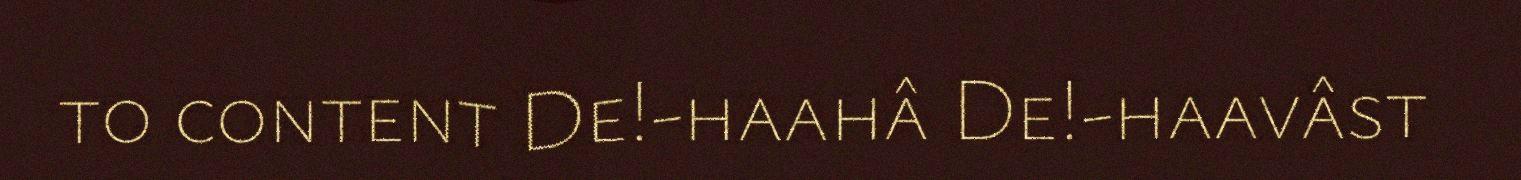
to content De!-haahâ De!-haavâst